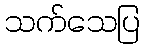
သက်သေပြ